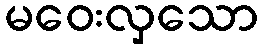
မဝေးလှသော